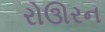
રોઊરન